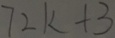
7 2 k + 3